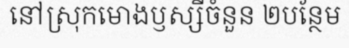
នៅស្រុកមោងឫស្សីចំនួន ២បន្ថែម